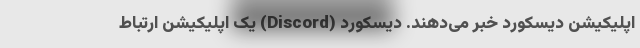
اپلیکیشن دیسکورد خبر می‌دهند. دیسکورد (Discord) یک اپلیکیشن ارتباط